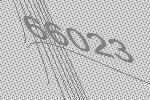
66023